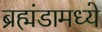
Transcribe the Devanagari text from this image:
ब्रह्मंडामध्ये